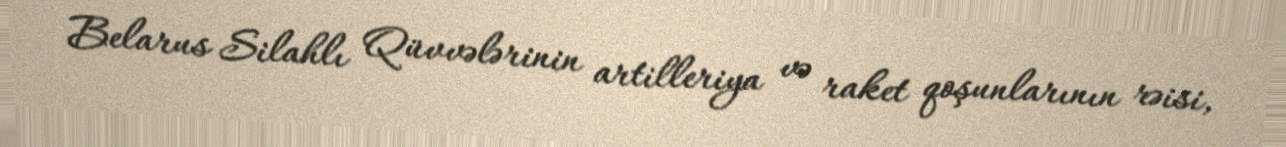
Belarus Silahlı Qüvvələrinin artilleriya və raket qoşunlarının rəisi,